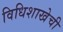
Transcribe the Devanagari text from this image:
विधिशाखेची